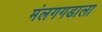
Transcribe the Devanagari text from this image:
मंलगगडाला